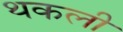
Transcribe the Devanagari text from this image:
थकली